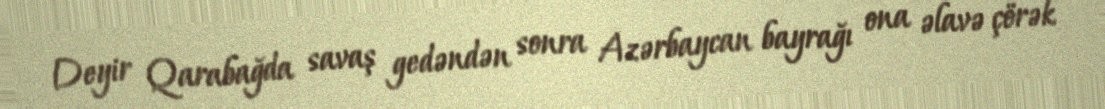
Deyir Qarabağda savaş gedəndən sonra Azərbaycan bayrağı ona əlavə çörək